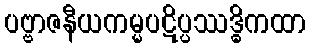
ပဗ္ဗာဇနီယကမ္မပဋိပ္ပဿဒ္ဓိကထာ